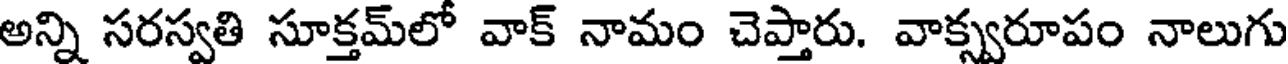
అన్ని సరస్వతి సూక్తమ్లో వాక్ నామం చెప్తారు. వాక్స్వరూపం నాలుగు